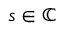
s \in \mathbb { C }